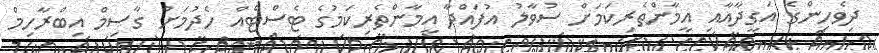
ދިވެހިންގެ އަގީދާއާއި އީމާންތެރިކަމަށް ސުވާލު އުފައްދާ އީމާންތެރިކަމުގެ ޓެސްޓެއް ހެދުމަށް ގާސިމް އިބްރާހިމް